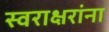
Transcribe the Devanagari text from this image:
स्वराक्षरांना